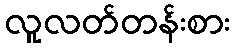
လူလတ်တန်းစား